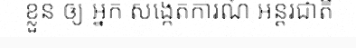
ខ្លួន ឲ្យ អ្នក សង្កេតការណ៍ អន្តរជាតិ